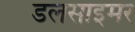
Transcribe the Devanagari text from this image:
डलसाइमर